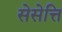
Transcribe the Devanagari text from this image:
सेसेत्ति